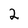
Character: 2